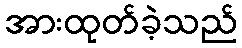
အားထုတ်ခဲ့သည်